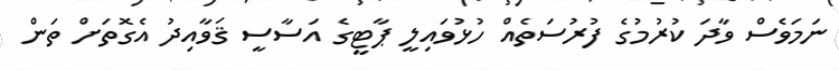
ނަމަވެސް ވާދަ ކުރުމުގެ ފުރުސަތެއް ހުޅުވައިލީ ޕާޓީގެ އަސާސީ ޤަވާއިދު އެގޮތަށް ތަން